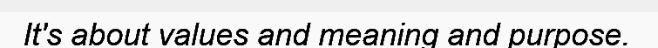
It's about values and meaning and purpose.